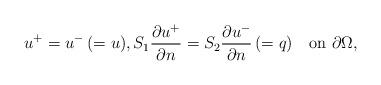
LaTeX: \begin{align*}u^+=u^-\, (=u), S_1\frac{\partial u^+}{\partial n}=S_2\frac{\partial u^-}{\partial n}\,(=q)\quad\mbox{on }\partial \Omega, \end{align*}